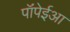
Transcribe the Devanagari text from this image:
पॉंपेईआ